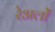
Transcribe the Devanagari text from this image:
रेअलों